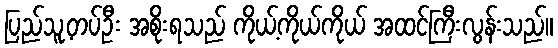
ပြည်သူ့တပ်ဦး အစိုးရသည် ကိုယ့်ကိုယ်ကိုယ် အထင်ကြီးလွန်းသည်။